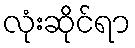
လုံးဆိုင်ရာ